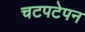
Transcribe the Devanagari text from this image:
चटपटेपन